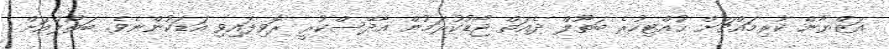
އަޒްޔާން ކުރިމައްޗަށް ހުއްޓިހުރެ ބަތޫލް ދެއަތް ޖޯޑުކުރަމުން އާދޭސްކުރީ ރޮވިފައިވި އަޑަކުންނެވެ. ބަތޫލްއަށް